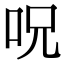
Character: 呪